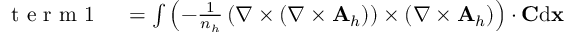
\begin{array} { r l } { \mathrm { ~ t ~ e ~ r ~ m ~ 1 ~ } } & { { } = \int \left( - \frac { 1 } { n _ { h } } \left( { \nabla } \times ( { \nabla } \times { \mathbf A } _ { h } ) \right) \times \left( { \nabla } \times { \mathbf A } _ { h } \right) \right) \cdot { \mathbf C } \mathrm { d } { \mathbf x } } \end{array}